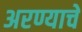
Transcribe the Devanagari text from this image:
अरण्याचे